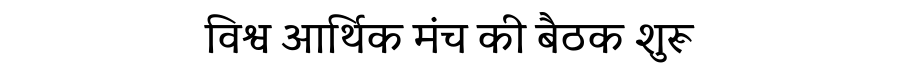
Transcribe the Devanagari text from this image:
विश्व आर्थिक मंच की बैठक शुरू